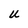
Character: U